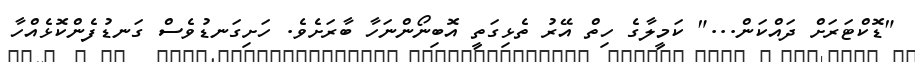
"ޑޮކްޓަރަށް ދައްކަން..." ކަމީލާގެ ހިތް އޭރު ތެޅިގަތީ އޮބިނޯންނަހާ ބާރަށެވެ. ހަށިގަނޑުވެސް ގަނޑުފެންކޮޅެއްހާ